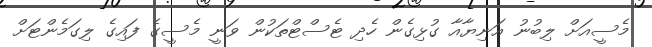
މެސީއަށް ލިބުނު އަނިޔާއާ ގުޅިގެން ހެދި ޓެސްޓްތަކުން ވަނީ މެސީގެ ފައިގެ ލިގަމެންޓަށް